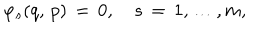
LaTeX: \varphi _ { s } ( q , \, p ) \, = \, 0 , \quad s \, = \, 1 , \dots , m ,